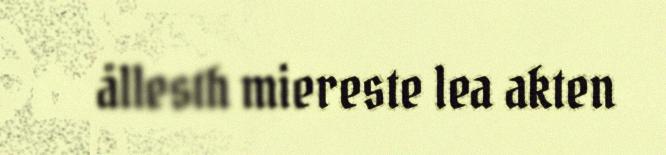
ållesth miereste lea akten